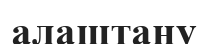
алаштану